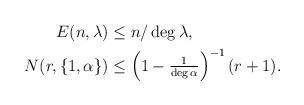
LaTeX: \begin{align*}\begin{aligned} E(n,\lambda)&\leq n/\deg \lambda,\\ N(r,\{1,\alpha\})&\leq \left(1-\tfrac{1}{\deg \alpha}\right)^{-1}(r+1).\end{aligned}\end{align*}